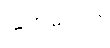
သူ့အထဲတွင်